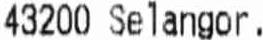
43200 SELANGOR.